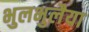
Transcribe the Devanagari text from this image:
भुलभुलैया